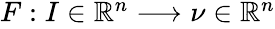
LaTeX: \begin{array}{r}{F:I\in\mathbb{R}^{n}\longrightarrow\nu\in\mathbb{R}^{n}}\end{array}